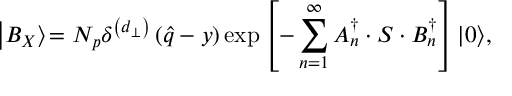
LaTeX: \left| B _ { X } \right\rangle \! = N _ { p } \delta ^ { \left( d _ { \bot } \right) } \left( \widehat { q } - y \right) \exp \left[ - \sum _ { n = 1 } ^ { \infty } A _ { n } ^ { \dagger } \cdot S \cdot B _ { n } ^ { \dagger } \right] \left| 0 \right\rangle \! ,